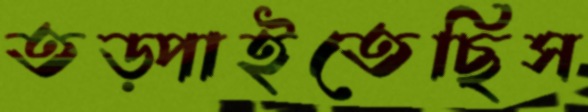
তড়্‌পাইতেছিস